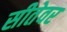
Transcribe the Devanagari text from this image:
सीतेवर